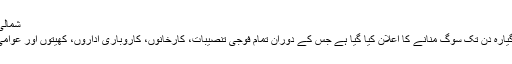
شمالی کوریا کے متوقع نئے حکمران کِم جونگ اُن
کِم جونگ اِل کی موت پر سرکاری سطح پر گیارہ دن تک سوگ منانے کا اعلان کیا گیا ہے جس کے دوران تمام فوجی تنصیبات، کارخانوں، کاروباری اداروں، کھیتوں اور عوامی عمارتوں پر قومی پرچم سرنگوں رہیں گے۔